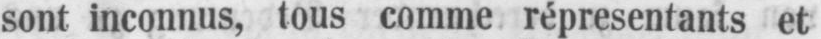
sont inconnus, tous comme répresentants et